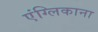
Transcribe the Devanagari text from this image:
एंग्लिकाना